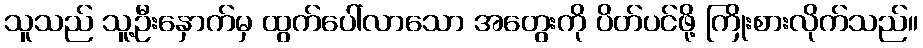
သူသည် သူ့ဦးနှောက်မှ ထွက်ပေါ်လာသော အတွေးကို ပိတ်ပင်ဖို့ ကြိုးစားလိုက်သည်။